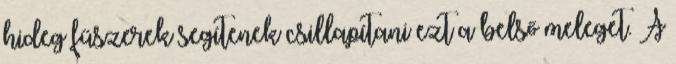
hideg fűszerek segítenek csillapítani ezt a belső meleget. A